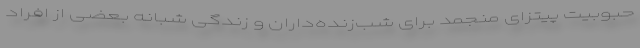
حبوبیت پیتزای منجمد برای شب‌زنده‌داران و زندگی شبانه بعضی از افراد